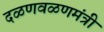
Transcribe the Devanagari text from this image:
दळणवळणमंत्री